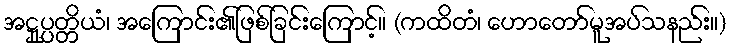
အဋ္ဌုပ္ပတ္တိယံ၊ အကြောင်း၏ဖြစ်ခြင်းကြောင့်။ (ကထိတံ၊ ဟောတော်မူအပ်သနည်း။)